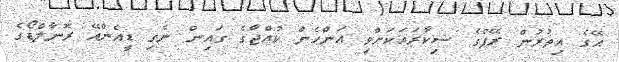
އޭގެ އިތުރުން ރޭޕްގެ ޝިކާރައަކަށްވި އަންހެން ކުއްޖާގެ ގައިން ނެގި ޑީއެންއޭ ރޮނާލްޑޯގެ